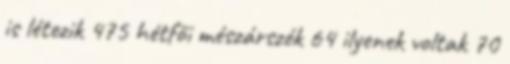
is létezik 475 hétfői mészárszék 64 ilyenek voltak 70